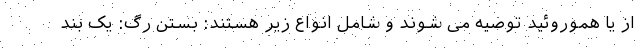
از یا هموروئید توصيه می شوند و شامل انواع زير هستند: بستن رگ: يک بند